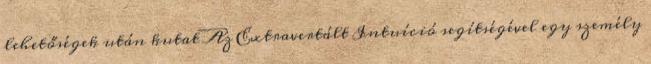
lehetőségek után kutat Az Extravertált Intuíció segítségével egy személy